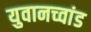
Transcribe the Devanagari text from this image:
युवानच्वांड